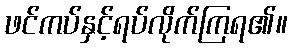
ဖင်ကပ်နှင့်ရပ်လိုက်ကြရ၏။